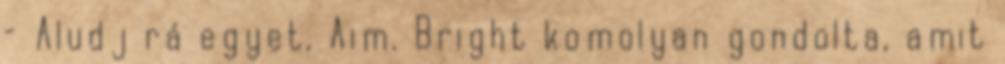
– Aludj rá egyet, Aim. Bright komolyan gondolta, amit